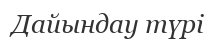
Дайындау түрi